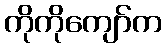
ကိုကိုကျော်က